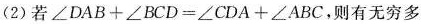
（2）若$$∠ D A B + ∠B C D = ∠ C D A + ∠ A B C$$，则有无穷多